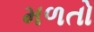
મળતો